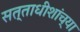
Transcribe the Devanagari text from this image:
सत्ताधीशांच्या